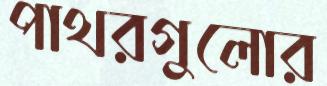
পাথরগুলোর